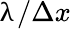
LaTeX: \uplambda/\Delta x